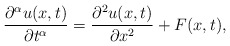
\begin{align*}\dfrac{\partial^\alpha u(x,t)}{\partial t^\alpha}=\dfrac{\partial^2 u(x,t)}{\partial x^2}+F(x,t),\end{align*}